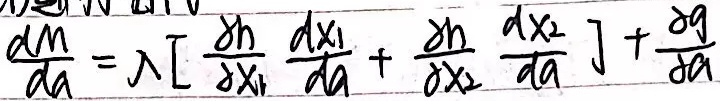
\[
\frac{dm}{da}=\lambda\left[\frac{\partial h}{\partial x_1}\frac{dx_1}{da}+\frac{\partial h}{\partial x_2}\frac{dx_2}{da}\right]+\frac{\partial g}{\partial a}
\]